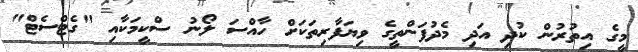
މީގެ އިތުރުން ކުދި އަދި މެދުފަންތީގެ ވިޔަފާރިތަކަށް ހާއްސަ ލޯނު ސްކީމަކާއި "ގެޓްސެޓް"